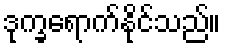
ဒုက္ခရောက်နိုင်သည်။